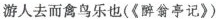
游人去而禽鸟乐也(《醉翁亭记》)